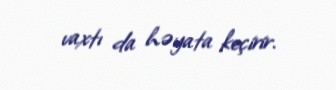
vaxtı da həyata keçirir.